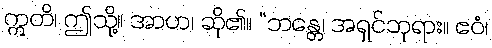
ဣတိ၊ ဤသို့။ အာဟ၊ ဆို၏။ “ဘန္တေ၊ အရှင်ဘုရား။ ဧဝံ၊